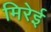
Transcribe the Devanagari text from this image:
मिरेई